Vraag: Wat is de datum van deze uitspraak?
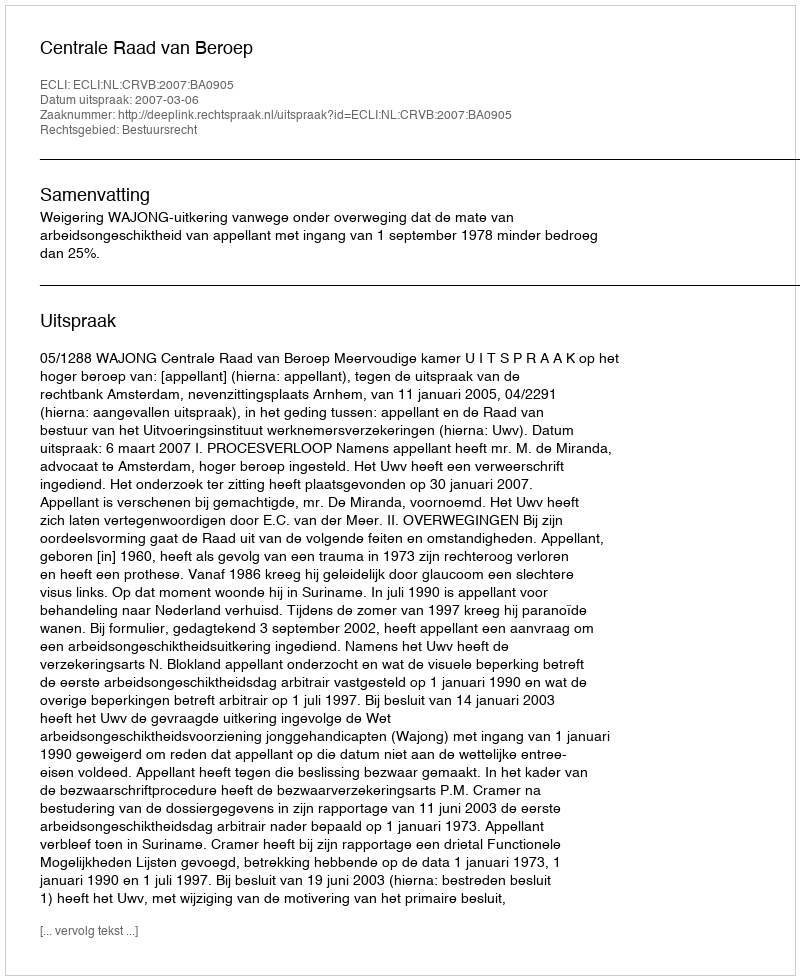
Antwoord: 2007-03-06